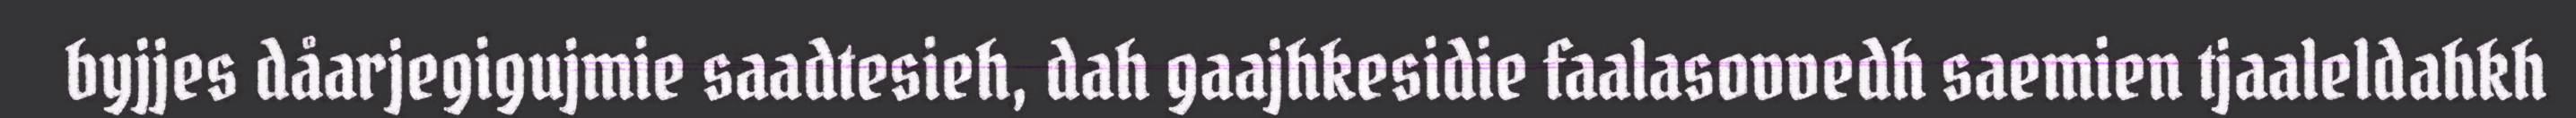
byjjes dåarjegigujmie saadtesieh, dah gaajhkesidie faalasovvedh saemien tjaaleldahkh